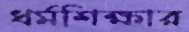
ধর্মশিক্ষার